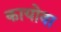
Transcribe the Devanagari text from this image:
कायोवा